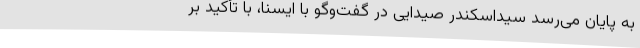
به پایان می‌رسد سیداسکندر صیدایی در گفت‌وگو با ایسنا، با تأکید بر